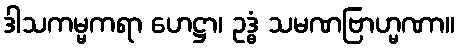
ဒါသကမ္မကရာ ဟေဋ္ဌာ၊ ဥဒ္ဓံ သမဏဗြာဟ္မဏာ။